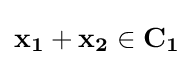
\mathbf {x_{1}} +\mathbf {x_{2}} \in \mathbf {C_{1}}